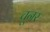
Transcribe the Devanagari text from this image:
चूनर